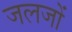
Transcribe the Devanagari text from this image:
जलजों